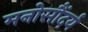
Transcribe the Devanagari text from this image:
मनोसौंदर्य